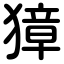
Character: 獐